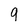
Character: 9